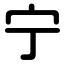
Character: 宁